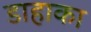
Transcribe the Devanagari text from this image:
डाहाका